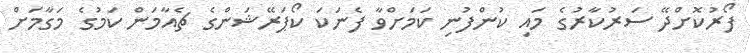
ފޯރުކޮށްދޭ ސަރުކާރުގެ މައި ކުންފުނި ކަމަށްވާ ފެނަކަ ކޯޕަރޭޝަންގެ ޗެއާމަން ކަމުގެ މަގާމަށް